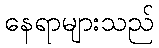
နေရာများသည်